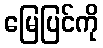
မြေပြင်ကို